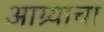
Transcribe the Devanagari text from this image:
आग्र्याचा